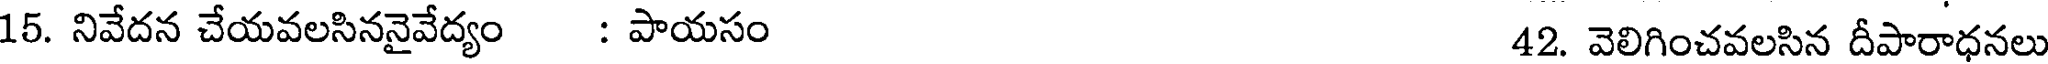
15. నివేదన చేయవలసిననైవేద్యం : పాయసం 42. వెలిగించవలసిన దీపారాధనలు